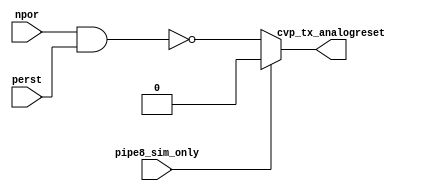
// (C) 1992-2014 Altera Corporation. All rights reserved.                         
// Your use of Altera Corporation's design tools, logic functions and other       
// software and tools, and its AMPP partner logic functions, and any output       
// files any of the foregoing (including device programming or simulation         
// files), and any associated documentation or information are expressly subject  
// to the terms and conditions of the Altera Program License Subscription         
// Agreement, Altera MegaCore Function License Agreement, or other applicable     
// license agreement, including, without limitation, that your use is for the     
// sole purpose of programming logic devices manufactured by Altera and sold by   
// Altera or its authorized distributors.  Please refer to the applicable         
// agreement for further details.                                                 
    

module cvp_update_reset # (

   parameter PIPE32_SIM_ONLY = 0

   ) (

   input pipe8_sim_only,

   input npor,

   input perst,

   output cvp_tx_analogreset

   );





wire npor_int;



   assign npor_int = npor & perst;



//   assign serdes_tx_analogreset      = ((PIPE32_SIM_ONLY==1)||(pipe8_sim_only==1'b1))?1'b0           :(low_str(hip_hard_reset)=="disable")?~npor_int:1'b0;

//

   assign cvp_tx_analogreset      = ((PIPE32_SIM_ONLY==1)||(pipe8_sim_only==1'b1))?1'b0           : ~npor_int;







endmodule